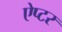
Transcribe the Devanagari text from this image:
ऐप्टर